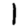
Digit: 1